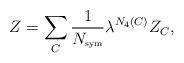
\begin{align*}Z=\sum_C\frac{1}{N_{\hbox{\tiny sym}}}\lambda^{N_4(C)}Z_C,\end{align*}